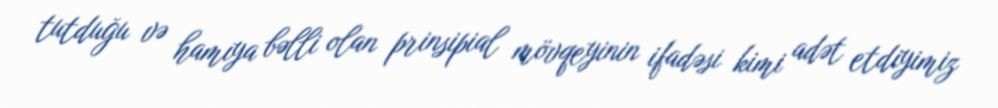
tutduğu və hamıya bəlli olan prinsipial mövqeyinin ifadəsi kimi adət etdiyimiz